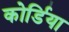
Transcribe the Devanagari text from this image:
कोर्डिया